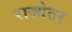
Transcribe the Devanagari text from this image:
राज्येतर